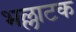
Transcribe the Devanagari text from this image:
भल्लाटक